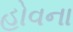
હોવના